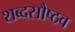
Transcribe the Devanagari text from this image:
शब्दसौष्ठव